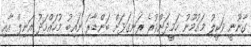
ގާނޫނީ ވަކީލު މައުމޫނު ހަމީދަށްވުރެ ރަނގަޅަށް ބަންޑާރަ ނައިބު މުހައްމަދު އަނިލް އާއި